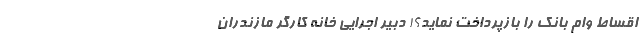
اقساط وام بانک را بازپرداخت نماید؟! دبیر اجرایی خانه کارگر مازندران